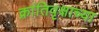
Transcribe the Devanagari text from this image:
क्रांतिवृक्षाच्या